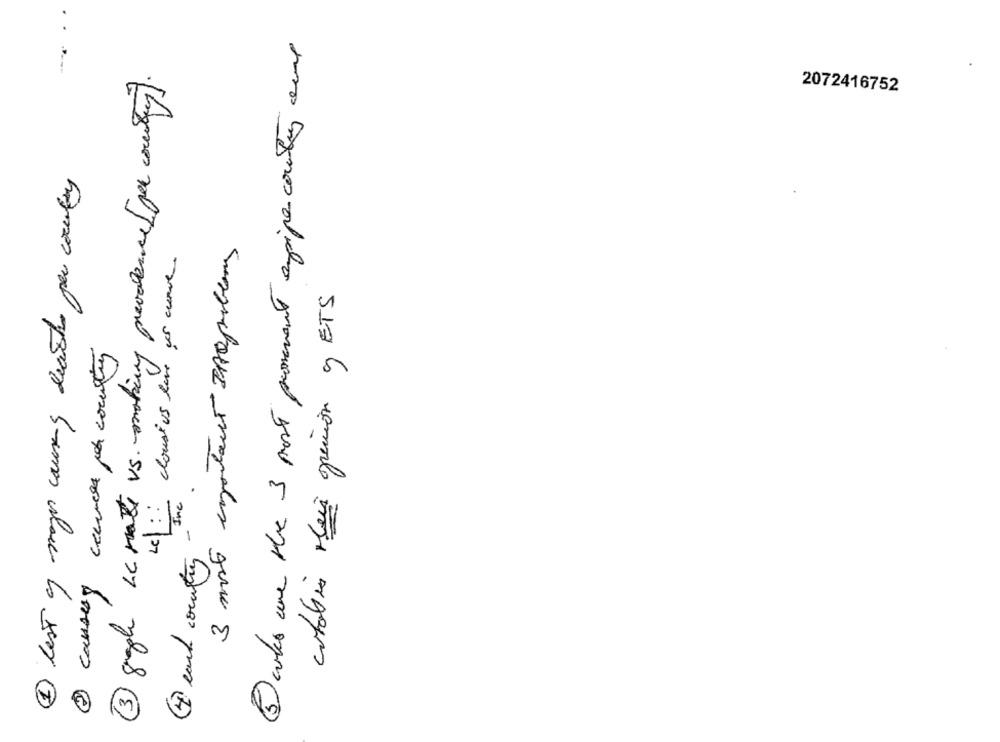
Boks are the 3 post provement apipecountry and
3 sigh Le rate vs. making prevalence [ per country].
2072416752
2 lest of mayor causing deash per country
3 most important BADproblems
Le\ : dlousius live çes curve.
cotabis Mais oracion y ETS
@cart com